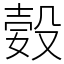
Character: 㜌